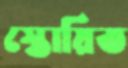
স্তোয়িত